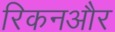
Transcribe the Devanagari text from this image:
रिकनऔर